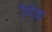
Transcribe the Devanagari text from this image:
रैमेक